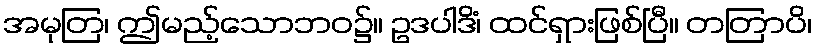
အမုတြ၊ ဤမည့်သောဘဝ၌။ ဥဒပါဒိံ၊ ထင်ရှားဖြစ်ပြီ။ တတြာပိ၊